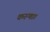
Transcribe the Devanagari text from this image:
करुणा।